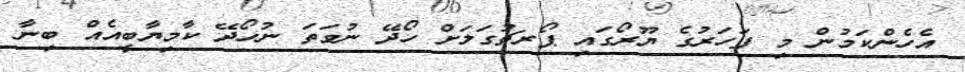
އެހެންކަމުން މި ފަހަރުގެ ޔޫރޯގައި ޕޯރޗުގަލަށް ހޯދޭ ނުވަތަ ނުހޯދޭ ކާމިޔާބީއެއް ބިނާ